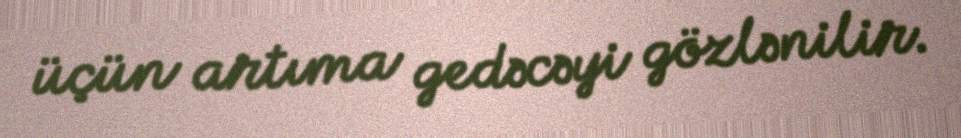
üçün artıma gedəcəyi gözlənilir.